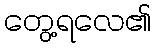
တွေ့ရလေ၏